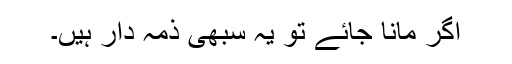
اگر مانا جائے تو یہ سبھی ذمہ دار ہیں۔